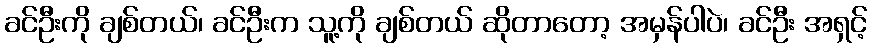
ခင်ဦးကို ချစ်တယ်၊ ခင်ဦးက သူ့ကို ချစ်တယ် ဆိုတာတော့ အမှန်ပါပဲ၊ ခင်ဦး အရှင့်